Indian journal of veterinary science and animal husbandry - Volume 8,
Year: 1938
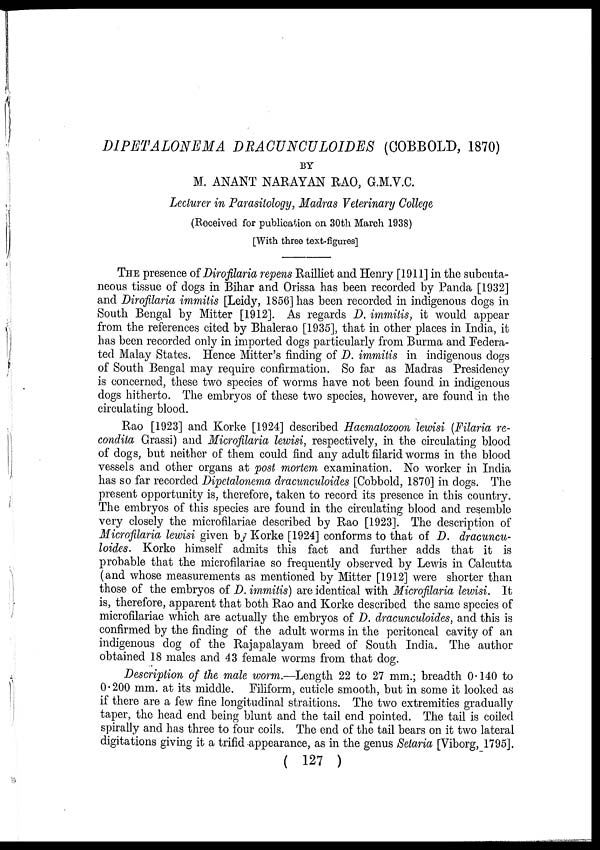
DIPETALONEMA DRACUNCULOIDES (COBBOLD, 1870)
BY
M. ANANT NARAYAN RAO, G.M.V.C.
Lecturer in Parasitology, Madras Veterinary College
(Received for publication on 30th March 1938)
[With three text-figures]
THE presence of Dirofilaria repens Railliet and Henry [1911] in the subcuta-
neous tissue of dogs in Bihar and Orissa has been recorded by Panda [1932]
and Dirofilaria immitis [Leidy, 1856] has been recorded in indigenous dogs in
South Bengal by Mitter [1912]. As regards D. immitis, it would appear
from the references cited by Bhalerao [1935], that in other places in India, it
has been recorded only in imported dogs particularly from Burma and Federa-
ted Malay States. Hence Mitter's finding of D. immitis in indigenous dogs
of South Bengal may require confirmation. So far as Madras Presidency
is concerned, these two species of worms have not been found in indigenous
dogs hitherto. The embryos of these two species, however, are found in the
circulating blood.
Rao [1923] and Korke [1924] described Haematozoon lewisi (Filaria re-
condita Grassi) and Microfilaria lewisi, respectively, in the circulating blood
of dogs, but neither of them could find any adult filarid worms in the blood
vessels and other organs at post mortem examination. No worker in India
has so far recorded Dipetalonema dracunculoides [Cobbold, 1870] in dogs. The
present opportunity is, therefore, taken to record its presence in this country.
The embryos of this species are found in the circulating blood and resemble
very closely the microfilariae described by Rao [1923]. The description of
Microfilaria lewisi given by Korke [1924] conforms to that of D. dracuncu-
loides. Korke himself admits this fact and further adds that it is
probable that the microfilariae so frequently observed by Lewis in Calcutta
(and whose measurements as mentioned by Mitter [1912] were shorter than
those of the embryos of D. immitis) are identical with Microfilaria lewisi. It
is, therefore, apparent that both Rao and Korke described the same species of
microfilariae which are actually the embryos of D. dracunculoides, and this is
confirmed by the finding of the adult worms in the peritoneal cavity of an
indigenous dog of the Rajapalayam breed of South India. The author
obtained 18 males and 43 female worms from that dog.
Description of the male worm.—Length 22 to 27 mm.; breadth 0.140 to
0.200 mm. at its middle. Filiform, cuticle smooth, but in some it looked as
if there are a few fine longitudinal straitions. The two extremities gradually
taper, the head end being blunt and the tail end pointed. The tail is coiled
spirally and has three to four coils. The end of the tail bears on it two lateral
digitations giving it a trifid appearance, as in the genus Setaria [Viborg, 1795].
( 127 )